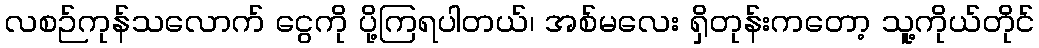
လစဉ်ကုန်သလောက် ငွေကို ပို့ကြရပါတယ်၊ အစ်မလေး ရှိတုန်းကတော့ သူ့ကိုယ်တိုင်